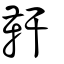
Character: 靬